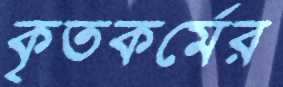
কৃতকর্মের